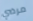
مرضي